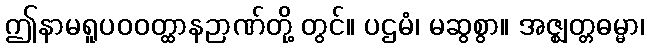
ဤနာမရူပဝဝတ္ထာနဉာဏ်တို့ တွင်။ ပဌမံ၊ မဆွစွာ။ အဇ္ဈတ္တဓမ္မာ၊